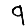
Digit: 9